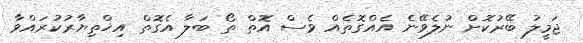
ޖަމީލު ބޭރުކޮށް ނުލެވޭނެ އެއްގޮތެއް ވެސް އޮތް ތޯ ބަލާ އެގޮތް އިޚްތިޔާރުކުރައްވާ